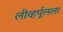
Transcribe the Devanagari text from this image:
लीव्हर्पूलला